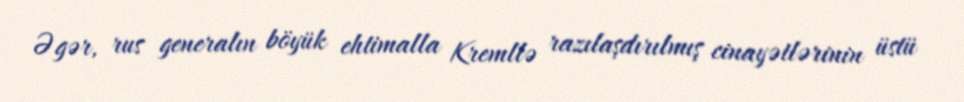
Əgər, rus generalın böyük ehtimalla Kremllə razılaşdırılmış cinayətlərinin üstü